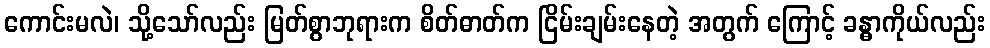
ကောင်းမလဲ၊ သို့သော်လည်း မြတ်စွာဘုရားက စိတ်ဓာတ်က ငြိမ်းချမ်းနေတဲ့ အတွက် ကြောင့် ခန္ဓာကိုယ်လည်း